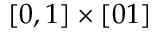
[ 0 , 1 ] \times [ 0 1 ]